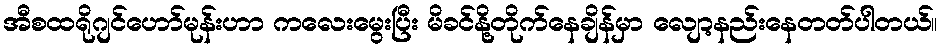
အီစထရိုဂျင်ဟော်မုန်းဟာ ကလေးမွေးပြီး မိခင်နို့တိုက်နေချိန်မှာ လျော့နည်းနေတတ်ပါတယ်။